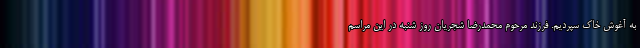
به آغوش خاک سپردیم. فرزند مرحوم محمدرضا شجریان روز شنبه در این مراسم